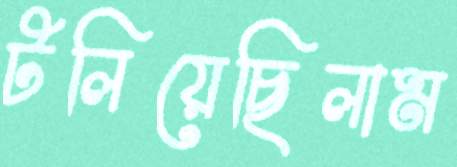
টলিয়েছিলাম